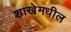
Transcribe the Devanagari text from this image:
शाखेमधील